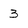
Character: 3